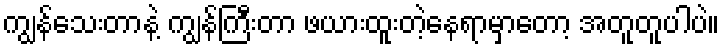
ကျွန်သေးတာနဲ့ ကျွန်ကြီးတာ ဖယားထူးတဲ့နေရာမှာတော့ အတူတူပါပဲ။